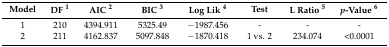
<table><thead><tr><td><b>Model</b></td><td><b>DF <sup>1</sup></b></td><td><b>AIC <sup>2</sup></b></td><td><b>BIC <sup>3</sup></b></td><td><b>Log Lik <sup>4</sup></b></td><td><b>Test</b></td><td><b>L Ratio <sup>5</sup></b></td><td><b><i>p</i>-Value <sup>6</sup></b></td></tr></thead><tbody><tr><td>1</td><td>210</td><td>4394.911</td><td>5325.49</td><td>−1987.456</td><td>-</td><td>-</td><td>-</td></tr><tr><td>2</td><td>211</td><td>4162.837</td><td>5097.848</td><td>−1870.418</td><td>1 vs. 2</td><td>234.074</td><td>&lt;0.0001</td></tr></tbody></table>